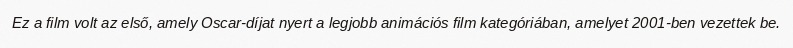
Ez a film volt az első, amely Oscar-díjat nyert a legjobb animációs film kategóriában, amelyet 2001-ben vezettek be.